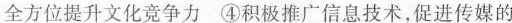
全方位提升文化竞争力④积极推广信息技术，促进传媒的